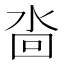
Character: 𱦋